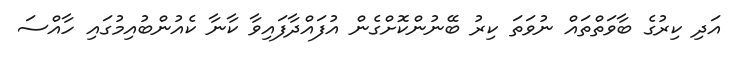
އަދި ކިރުގެ ބާވަތްތައް ނުވަތަ ކިރު ބޭނުންކޮށްގެން އުފައްދާފައިވާ ކާނާ ކެއުންބުއިމުގައި ހާއްސަ